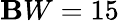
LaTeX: \mathbf{B}W=15